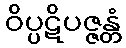
ဝိပ္ပဋိပဇ္ဇန္တံ